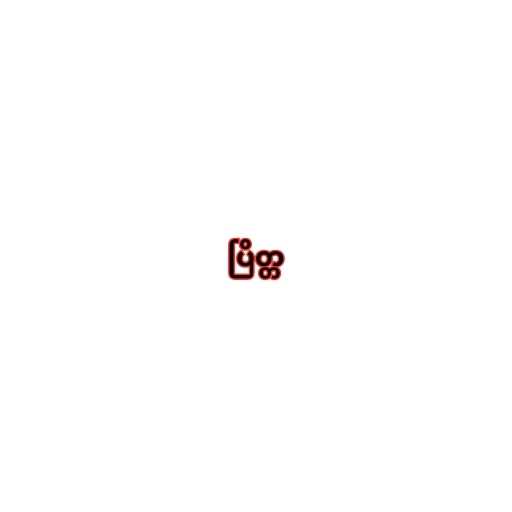
ပြိတ္တ